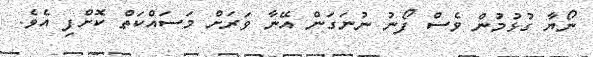
ނޯޔާ ގުޅުމުން ވެސް ފޯނު ނުނަގަން އޭނާ ވަރަށް މަސައްކަތް ކޮށްފި އެވެ.